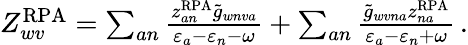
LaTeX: \begin{array}{r}{Z_{wv}^{\mathrm{RPA}}=\sum_{an}\frac{z_{an}^{\mathrm{RPA}}\tilde{g}_{wnva}}{\varepsilon_{a}-\varepsilon_{n}-\omega}+\sum_{an}\frac{\tilde{g}_{wvna}z_{na}^{\mathrm{RPA}}}{\varepsilon_{a}-\varepsilon_{n}+\omega}\, .}\end{array}